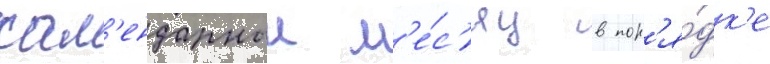
кал'ендарныи м'е́с'яц в пор'я́дк'е